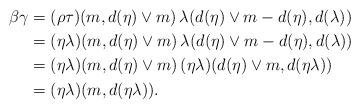
LaTeX: \begin{align*}\beta\gamma&=(\rho\tau)(m,d(\eta)\vee m)\,\lambda(d(\eta)\vee m-d(\eta),d(\lambda))\\&=(\eta\lambda)(m,d(\eta)\vee m)\,\lambda(d(\eta)\vee m-d(\eta),d(\lambda))\\&=(\eta\lambda)(m,d(\eta)\vee m)\,(\eta\lambda)(d(\eta)\vee m,d(\eta\lambda))\\&=(\eta\lambda)(m,d(\eta\lambda)).\end{align*}